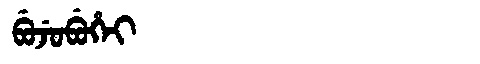
Manchu: ᠪᡠᠵᡠᠪᡠᡥᡝᡳ
Romanization: BUJUBUHEI